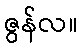
ဇွန်လ။